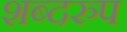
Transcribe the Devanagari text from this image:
शब्दरुप